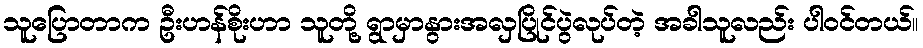
သူပြောတာက ဦးဟန်စိုးဟာ သူတို့ ရွာမှာနွားအလှပြိုင်ပွဲလုပ်တဲ့ အခါသူလည်း ပါဝင်တယ်။